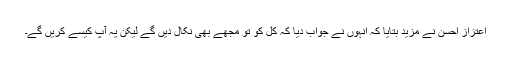
اعتزاز احسن نے مزید بتایا کہ انہوں نے جواب دیا کہ کل کو تو مجھے بھی نکال دیں گے لیکن یہ آپ کیسے کریں گے۔